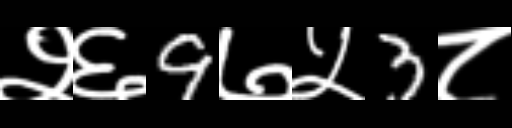
Text: २६9७५3८